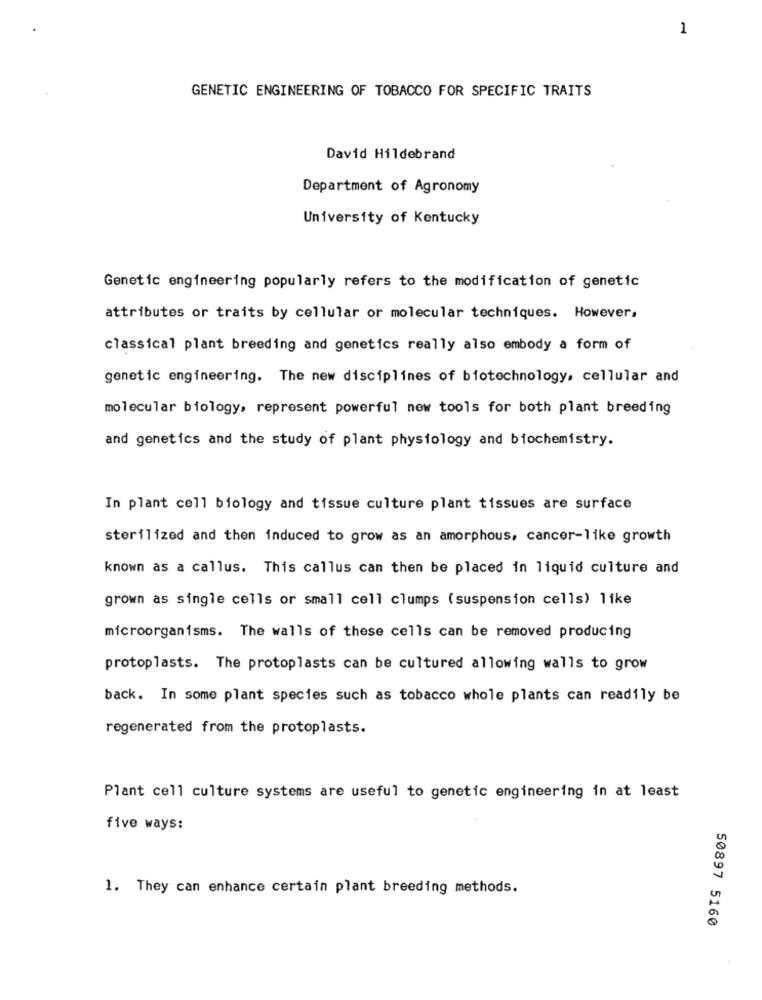
1
GENETIC ENGINEERING OF TOBACCO FOR SPECIFIC TRAITS
David Hildebrand
Department of Agronomy
University of Kentucky
Genetic engineering popularly refers to the modification of genetic
attributes or traits by cellular or molecular techniques. However,
classical plant breeding and genetics really also embody a form of
genetic engineering. The new disciplines of biotechnology, cellular and
molecular biology, represent powerful new tools for both plant breeding
and genetics and the study of plant physiology and biochemistry.
In plant cell biology and tissue culture plant tissues are surface
sterilized and then induced to grow as an amorphous, cancer-like growth
known as a callus. This callus can then be placed in liquid culture and
grown as single cells or small cell clumps (suspension cells) like
microorganisms. The walls of these cells can be removed producing
protoplasts. The protoplasts can be cultured allowing walls to grow
back. In some plant species such as tobacco whole plants can readily be
regenerated from the protoplasts.
Plant cell culture systems are useful to genetic engineering in at least
five ways:
1. They can enhance certain plant breeding methods.
50897 5160